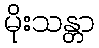
မိုးသန္တာ